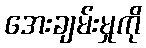
အေးချမ်းမှုကို